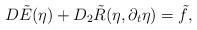
LaTeX: \begin{align*}D\tilde{E}(\eta)+ D_2 \tilde{R}(\eta, \partial_t\eta) = \tilde{f},\end{align*}